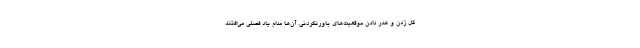
گل زدن و هدر دادن موقعیت‌های باورنکردنی. آن‌ها مدام یاد فصلی می‌افتند